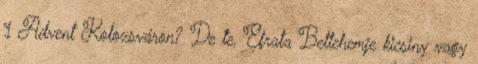
1 Advent Kolozsváron? De te, Efrata Betlehemje kicsiny vagy